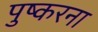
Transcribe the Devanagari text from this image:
पुष्करना